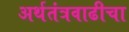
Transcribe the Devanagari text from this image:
अर्थतंत्रवाढीचा